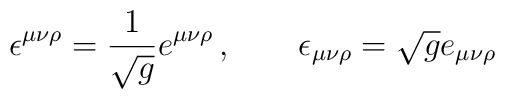
\epsilon^{\mu\nu\rho}={1 \over \sqrt g} e^{\mu \nu \rho}\,, \qquad\epsilon_{\mu\nu\rho}=\sqrt g e_{\mu \nu \rho}